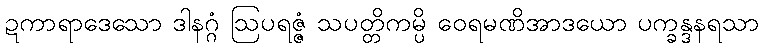
ဍကာရာဒေသော ဒါနဂ္ဂံ ဩပရဇ္ဇံ သပတ္တိကမ္ပိ ဝေရမဏိအာဒယော ပက္ခန္ဒနရသာ